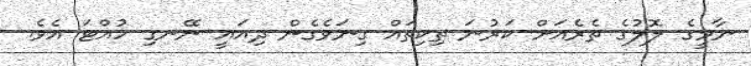
ނާމީގެ ލޮލުގެ ތެރެއަށް ކަރުނަ ތިކިތައް ގިނަވެގެން ދިއައީ ނޭނގި ހުއްޓަ އެވެ.